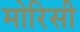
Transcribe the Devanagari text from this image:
मोरिसी